Vaccination in Bombay 1902-1912 - 1902-1912
Year: 1902
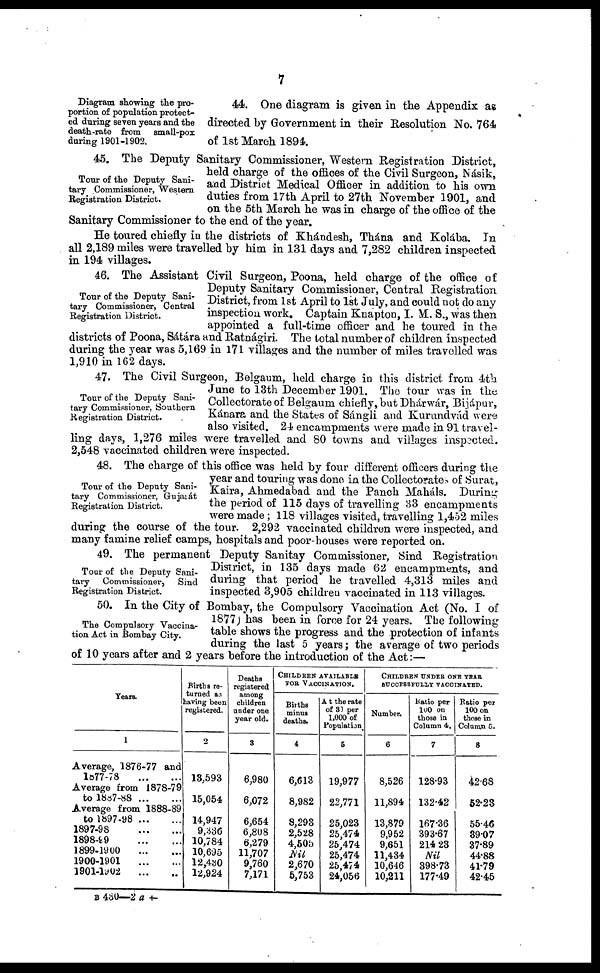
7
Diagram showing the pro-
portion of population protect-
ed during seven years and the
death-rate from
small-pox
during 1901-1902.
44. One diagram is given in the Appendix as
directed by Government in their Resolution No. 764
of 1st March 1894.
Tour of the Deputy Sani-
tary Commissioner, Western
Registration District.
45. The Deputy Sanitary Commissioner, Western Registration District,
held charge of the offices of the Civil Surgeon, Násik,
and District Medical Officer in addition to his own
duties from 17th April to 27th November 1901, and
on the 5th March he was in charge of the office of the
Sanitary Commissioner to the end of the year.
He toured chiefly in the districts of Khándesh, Thána and Kolába. In
all 2,189 miles were travelled by him in 131 days and 7,282 children inspected
in 194 villages.
Tour of the Deputy Sani-
tary Commissioner, Central
Registration District.
46. The Assistant Civil Surgeon, Poona, held charge of the office of
Deputy Sanitary Commissioner, Central Registration
District, from 1st April to 1st July, and could not do any
inspection work. Captain Knapton, I. M. S., was then
appointed a full-time officer and he toured in the
districts of Poona, Sátára and Ratnágiri. The total number of children inspected
during the year was 5,169 in l71 villages and the number of miles travelled was
1,910 in 162 days.
Tour of the Deputy Sani-
tary Commissioner, Southern
Registration District.
47. The Civil Surgeon, Belgaum, held charge in this district from 4th
June to 13th December 1901. The tour was in the
Collectorate of Belgaum chiefly, but Dhárwár, Bijápur,
Kánara and the States of Sángli and Kurundvád were
also visited. 24 encampments were made in 91 travel-
ling days, 1,276 miles were travelled and 80 towns and villages inspected.
2,548 vaccinated children were inspected.
Tour of the Deputy Sani-
tary Commissioner, Gujarát
Registration District.
48. The charge of this office was held by four different officers during the
year and touring was done in the Collectorates of Surat,
Kaira, Ahmedabad and the Panch Maháls. During
the period of 115 days of travelling 33 encampments
were made ; 118 villages visited, travelling 1,452 miles
during the course of the tour. 2,292 vaccinated children were inspected, and
many famine relief camps, hospitals and poor-houses were reported on.
Tour of the Deputy Sani-
tary
Commissioner,
Sind
Registration District.
49. The permanent Deputy Sanitay Commissioner, Sind Registration
District, in 135 days made 62 encampments, and
during that period he travelled 4,313 miles and
inspected 3,905 children vaccinated in 113 villages.
The Compulsory Vaccina-
tion Act in Bombay City.
50. In the City of Bombay, the Compulsory Vaccination Act (No. I of
1877) has been in force for 24 years. The following
table shows the progress and the protection of infants
during the last 5 years; the average of two periods
of 10 years after and 2 years before the introduction of the Act:—
Years.
1
Average, 1876-77 and
1877-78
...
...
Average from 1878-79
to 1888-88
...
...
Average from 1888-89
to 1897-98
...
...
1897-98
...
...
1898-99
...
...
1899-1900
...
...
1900-1901
...
...
1901-1902
...
...
Births re-
turned as
having been
registered.
2
13,593
15,054
14,947
9,336
10,784
10,695
12,430
12,924
Deaths
registered
among
children
under one
year old.
3
6,980
6,072
6,654
6,808
6,279
11,707
9,760
7,171
CHILDREN AVAILABLE
FOR VACCINATION
Births
minus
deaths.
4
6,613
8,982
8,293
2,528
4,505
Nil
2,670
5,753
At the rate
of 31 per
1,000 of
Population.
5
19,977
22,771
25,023
25,474
25,474
25,474
25,474
24,056
CHILDREN UNDER ONE YEAR
SUCCESSFULLY VACCINATED.
Number.
6
8,526
11,894
13,879
9,952
9,651
11,434
10,646
10,211
Ratio per
100 on
those in
Column 4.
7
128.93
132.42
167.36
393.67
214.23
Nil
398.73
177.49
Ratio per
100 on
those in
Column 5.
8
42.68
52.23
55.46
39.07
37.89
44.88
41.79
42.45
B 430—2 a
†